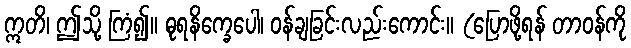
ဣတိ၊ ဤသို့ ကြံ၍။ ဓုရနိက္ခေပေါ၊ ဝန်ချခြင်းလည်းကောင်း။ (ပြောဖို့ရန် တာဝန်ကို